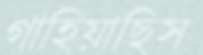
গাহিয়াছিস